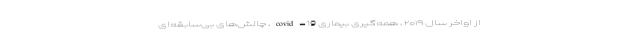
از اواخر سال ۲۰۱۹ ، همه‌گیری بیماری covid-19، چالش‌های بی‌سابقه‌ای